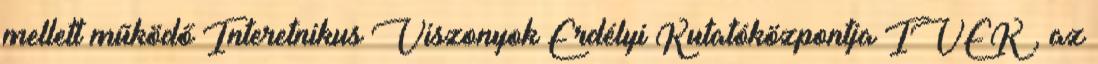
mellett működő Interetnikus Viszonyok Erdélyi Kutatóközpontja IVEK , az